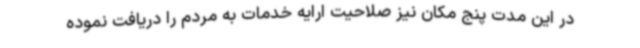
در این مدت پنج مکان نیز صلاحیت ارایه خدمات به مردم را دریافت نموده